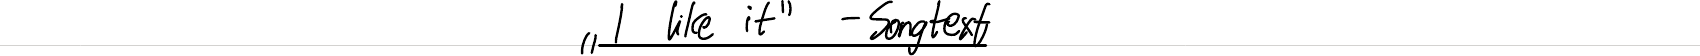
"I like it" - Songtext